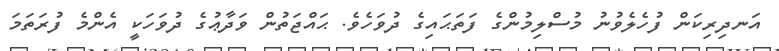
އަނދިރިކަން ފުހެލެވުނު މުސްލިމުންގެ ފަތަޙައިގެ ދުވަހެވެ. ޙައްޖަތުން ވަދާޢުގެ ދުވަހަކީ އެންމެ ފުރަތަމަ